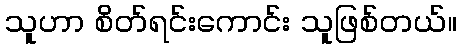
သူဟာ စိတ်ရင်းကောင်း သူဖြစ်တယ်။